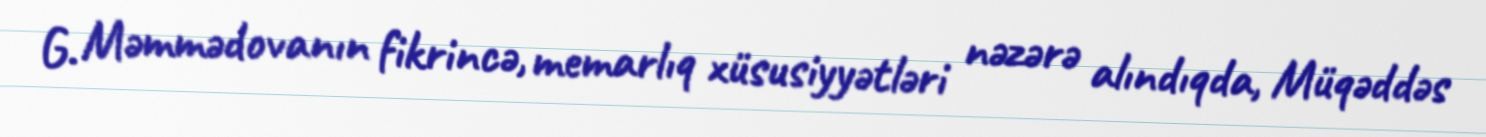
G. Məmmədovanın fikrincə, memarlıq xüsusiyyətləri nəzərə alındıqda, Müqəddəs